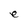
Character: e